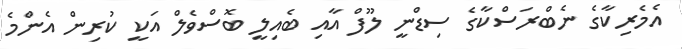
އެމެރިކާގެ ނެބްރަސްކާގެ ސިޑްނީ ލޫފް އާއި ބެއިލީ ބޮސްވެލް އަކީ ކުރިން އެންމެ